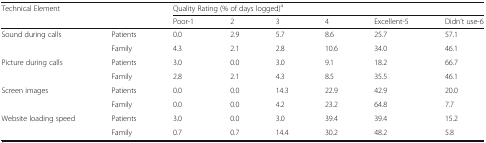
<table><thead><tr><td><b>Technical Element</b></td><td></td><td colspan="6"><b>Quality Rating (% of days logged)<sup>a</sup></b></td></tr><tr><td></td><td></td><td><b>Poor-1</b></td><td><b>2</b></td><td><b>3</b></td><td><b>4</b></td><td><b>Excellent-5</b></td><td><b>Didn’t use-6</b></td></tr></thead><tbody><tr><td rowspan="2">Sound during calls</td><td>Patients</td><td>0.0</td><td>2.9</td><td>5.7</td><td>8.6</td><td>25.7</td><td>57.1</td></tr><tr><td>Family</td><td>4.3</td><td>2.1</td><td>2.8</td><td>10.6</td><td>34.0</td><td>46.1</td></tr><tr><td rowspan="2">Picture during calls</td><td>Patients</td><td>3.0</td><td>0.0</td><td>3.0</td><td>9.1</td><td>18.2</td><td>66.7</td></tr><tr><td>Family</td><td>2.8</td><td>2.1</td><td>4.3</td><td>8.5</td><td>35.5</td><td>46.1</td></tr><tr><td rowspan="2">Screen images</td><td>Patients</td><td>0.0</td><td>0.0</td><td>14.3</td><td>22.9</td><td>42.9</td><td>20.0</td></tr><tr><td>Family</td><td>0.0</td><td>0.0</td><td>4.2</td><td>23.2</td><td>64.8</td><td>7.7</td></tr><tr><td rowspan="2">Website loading speed</td><td>Patients</td><td>3.0</td><td>0.0</td><td>3.0</td><td>39.4</td><td>39.4</td><td>15.2</td></tr><tr><td>Family</td><td>0.7</td><td>0.7</td><td>14.4</td><td>30.2</td><td>48.2</td><td>5.8</td></tr></tbody></table>